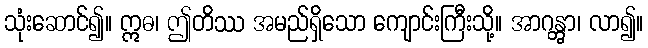
သုံးဆောင်၍။ ဣဓ၊ ဤတိဿ အမည်ရှိသော ကျောင်းကြီးသို့။ အာဂန္တွာ၊ လာ၍။